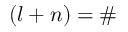
( l + n ) = \#